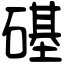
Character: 𥕛